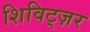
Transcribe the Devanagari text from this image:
शिविट्ज़र